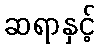
ဆရာနှင့်